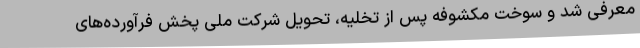
معرفی شد و سوخت مکشوفه پس از تخلیه، تحویل شرکت ملی پخش فرآورده‌های